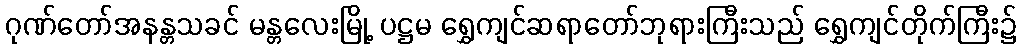
ဂုဏ်တော်အနန္တသခင် မန္တလေးမြို့ ပဋ္ဌမ ရွှေကျင်ဆရာတော်ဘုရားကြီးသည် ရွှေကျင်တိုက်ကြီး၌